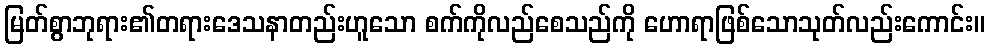
မြတ်စွာဘုရား၏တရားဒေသနာတည်းဟူသော စက်ကိုလည်စေသည်ကို ဟောရာဖြစ်သောသုတ်လည်းကောင်း။